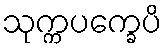
သုက္ကပက္ခေပိ